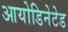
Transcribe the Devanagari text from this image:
आयोडिनेटेड